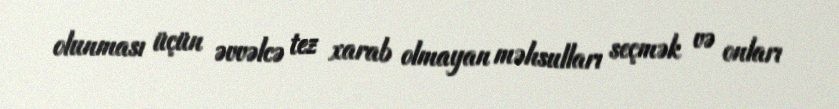
olunması üçün əvvəlcə tez xarab olmayan məhsulları seçmək və onları